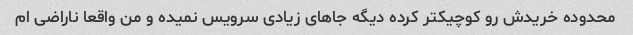
محدوده خریدش رو کوچیکتر کرده دیگه جاهای زیادی سرویس نمیده و من واقعا ناراضی ام